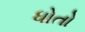
ધોતો